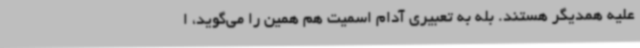
علیه همدیگر هستند. بله به تعبیری آدام اسمیت هم همین را می‌گوید، ا